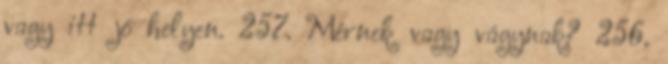
vagy itt jó helyen. 257. Mérnek vagy vágynak? 256.